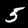
Digit: 5